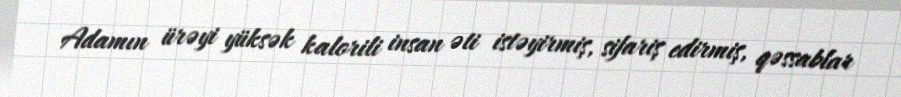
Adamın ürəyi yüksək kalorili insan əti istəyirmiş, sifariş edirmiş, qəssablar